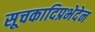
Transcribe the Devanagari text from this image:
सूचकादिप्रभेदेन